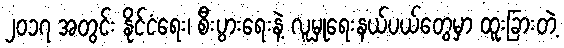
၂၀၁၇ အတွင်း နိုင်ငံရေး၊ စီးပွားရေးနဲ့ လူမှုရေးနယ်ပယ်တွေမှာ ထူးခြားတဲ့